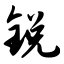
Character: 锐